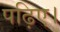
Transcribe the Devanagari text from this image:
पढ़िए।